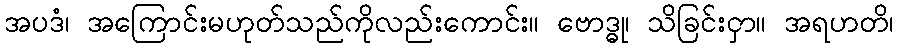
အပဒံ၊ အကြောင်းမဟုတ်သည်ကိုလည်းကောင်း။ ဗောဒ္ဓု၊ သိခြင်းငှာ။ အရဟတိ၊